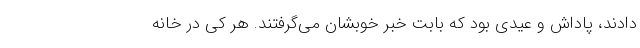
‌دادند، پاداش و عیدی بود که بابت خبر خوبشان می‌گرفتند. هر کی در خانه